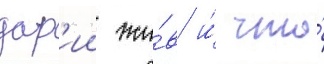
дар'ии жи́в и́ что́